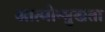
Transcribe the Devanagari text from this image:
आत्मोन्मुखता